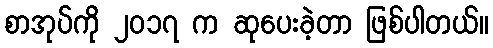
စာအုပ်ကို ၂၀၁၇ က ဆုပေးခဲ့တာ ဖြစ်ပါတယ်။